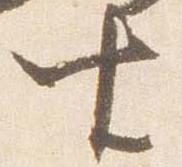
由